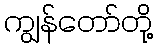
ကျွန်တော်တို့